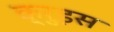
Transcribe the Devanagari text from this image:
क्रुइस